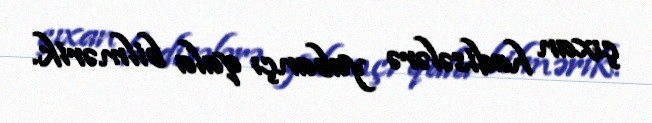
çıxan hadisələrə yabançı qala bilmərik.